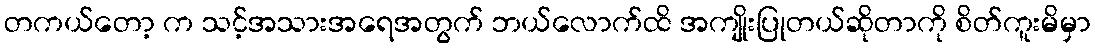
တကယ်တော့ က သင့်အသားအရေအတွက် ဘယ်လောက်ထိ အကျိုးပြုတယ်ဆိုတာကို စိတ်ကူးမိမှာ